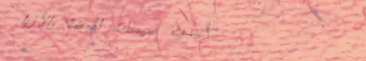
أحدث صيحات الموضة والأزيا